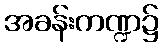
အခန်းကဏ္ဍ၌